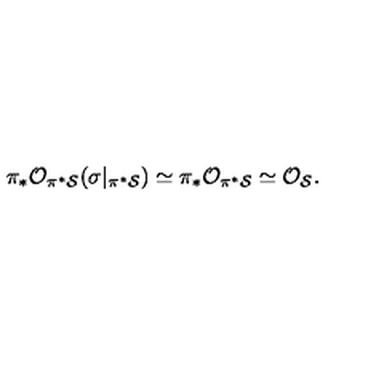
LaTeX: \pi _ { * } { \cal O } _ { \pi ^ { * } { \cal S } } ( \sigma | _ { \pi ^ { * } { \cal S } } ) \simeq \pi _ { * } { \cal O } _ { \pi ^ { * } { \cal S } } \simeq { \cal O } _ { { \cal S } } .